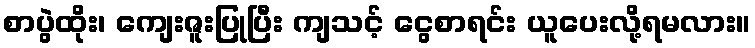
စာပွဲထိုး၊ ကျေးဇူးပြုပြီး ကျသင့် ငွေစာရင်း ယူပေးလို့ရမလား။